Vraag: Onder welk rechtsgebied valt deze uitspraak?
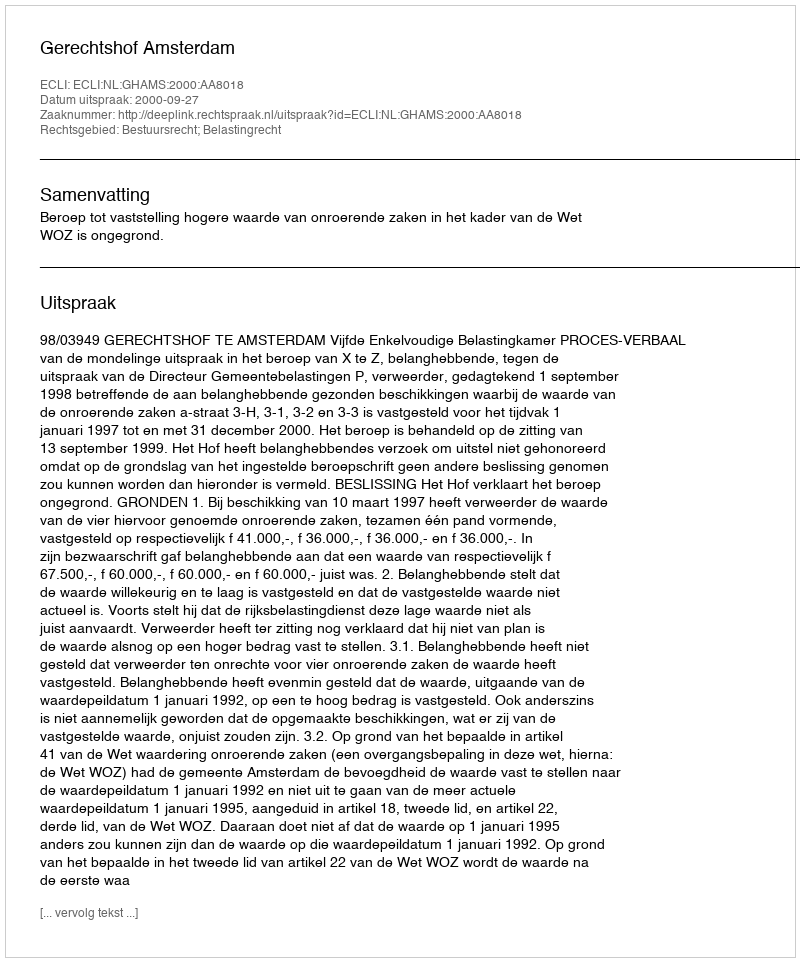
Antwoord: Bestuursrecht; Belastingrecht